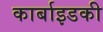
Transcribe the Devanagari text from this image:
कार्बाइडकी